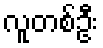
လူတစ်ဦး